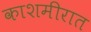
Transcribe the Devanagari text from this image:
काशमीरात